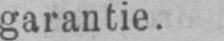
garantie.